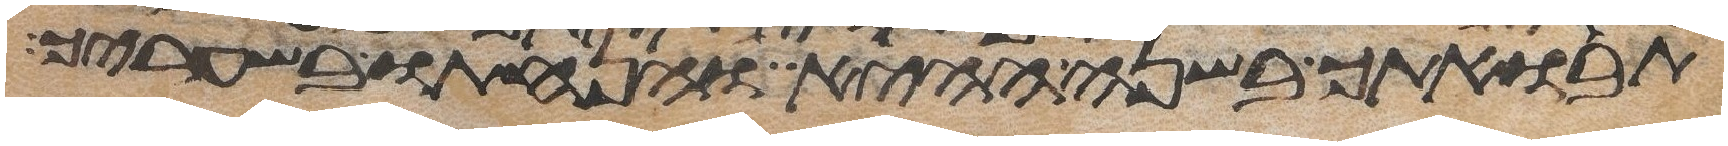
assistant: תבואתך בשנה ההיא והנחתו בשעריך